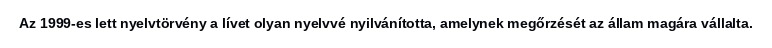
Az 1999-es lett nyelvtörvény a lívet olyan nyelvvé nyilvánította, amelynek megőrzését az állam magára vállalta.